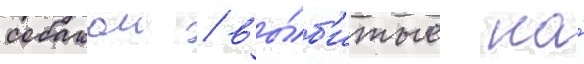
собакои / вы́б'итые на́